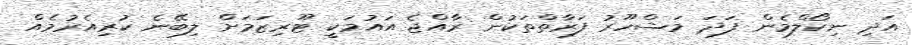
އަދި ނިކޯލްމެން ފަދަ މަޝްހޫރު ފަރާތްތަކުން ރާއްޖެ އައުމަކީ ޓޫރިޒަމަށް ލިބޭނެ ކުރިއެރުމެއް